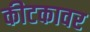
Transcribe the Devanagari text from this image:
कीटकावर